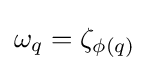
\omega _{q}=\zeta _{\phi (q)}